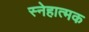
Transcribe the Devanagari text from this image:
स्नेहात्मक